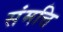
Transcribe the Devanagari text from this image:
संमत्ति